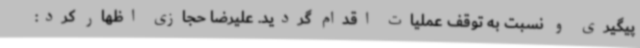
پیگیری و نسبت به توقف عملیات اقدام گردید. علیرضا حجازی اظهار کرد: